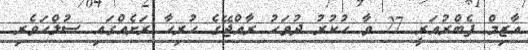
އާޒިމް ފެބްރުއަރީ 27 ވާ ހުކުރު ދުވަހު ރާއްޖޭގެ ހުރިހާ ރަށެއްގައި ސުލްހަވެރި